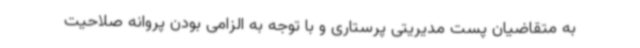
به متقاضیان پست مدیریتی پرستاری و با توجه به الزامی بودن پروانه صلاحیت